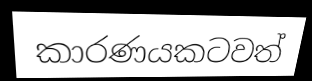
කාරණයකටවත්